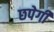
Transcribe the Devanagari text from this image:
छपेगी